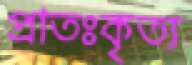
প্রাতঃকৃত্য